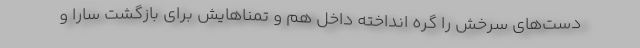
دست‌هاي سرخش را گره انداخته داخل هم و تمناهايش براي بازگشت سارا و